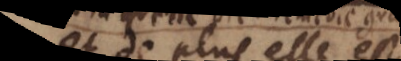
quand elle est